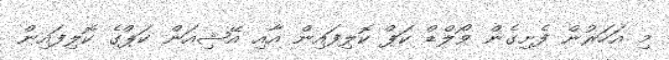
މި އަހަރުން ފެށިގެން ވޯލްޑް ކަޕް ކޮލިފައިން އާއި އޭޝިއަން ކަޕްގެ ކޮލިފައިން